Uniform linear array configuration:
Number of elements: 4
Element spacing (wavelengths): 0.25
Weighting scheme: exponential
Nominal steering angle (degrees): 60
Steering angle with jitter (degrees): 60.171
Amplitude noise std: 0.05
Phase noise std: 0.05

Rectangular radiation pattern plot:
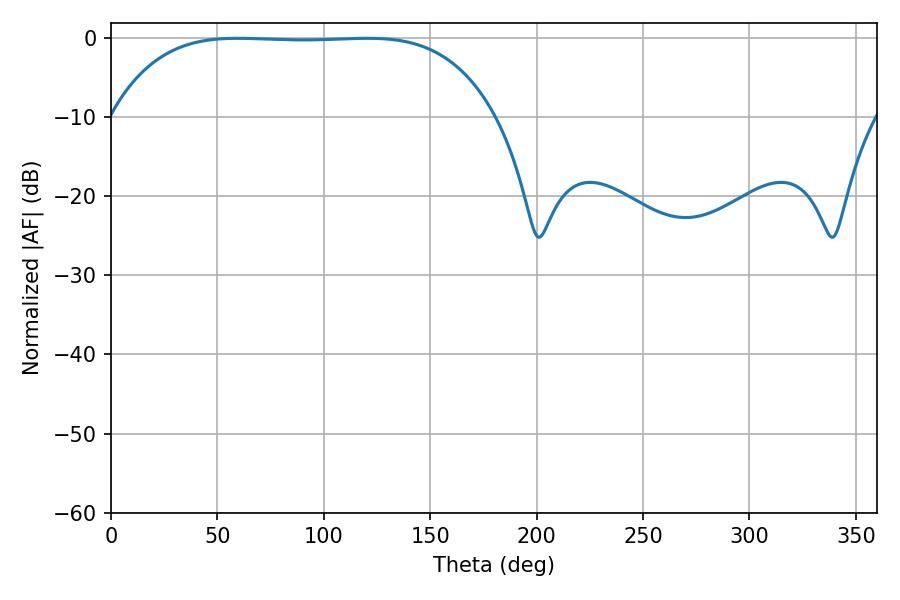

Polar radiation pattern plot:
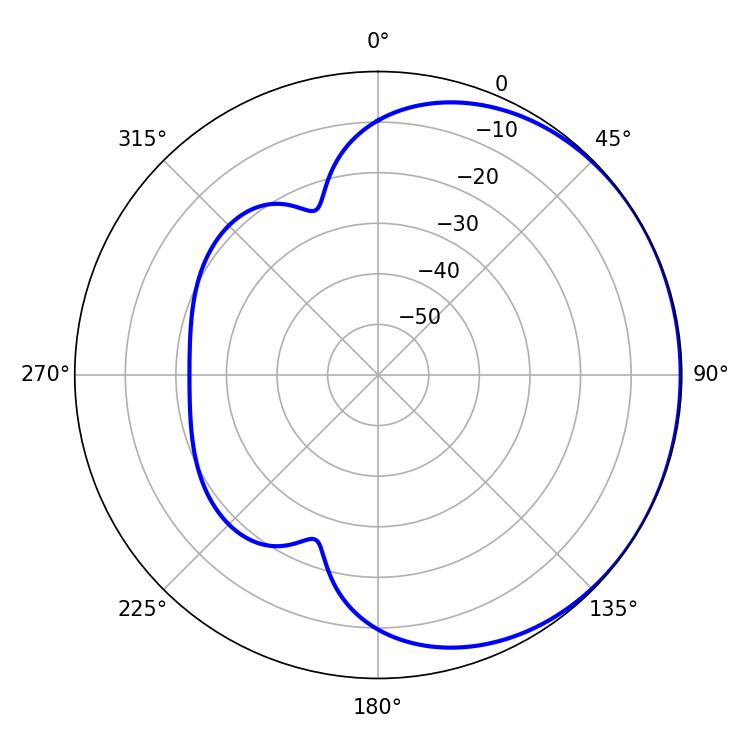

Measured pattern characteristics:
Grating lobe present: FALSE
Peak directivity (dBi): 0.5401
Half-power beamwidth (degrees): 139.68
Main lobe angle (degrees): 59.4